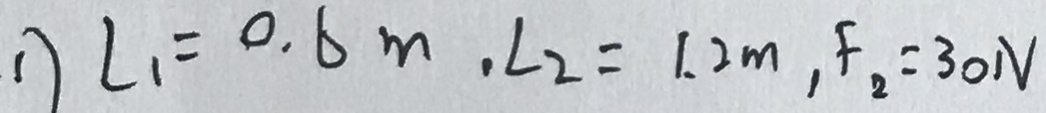
1 ) \angle 1 = 0 . 6 m , \angle 2 = 1 . 2 m , F _ { 2 } = 3 0 N